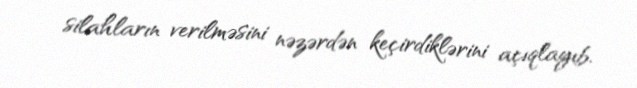
silahların verilməsini nəzərdən keçirdiklərini açıqlayıb.